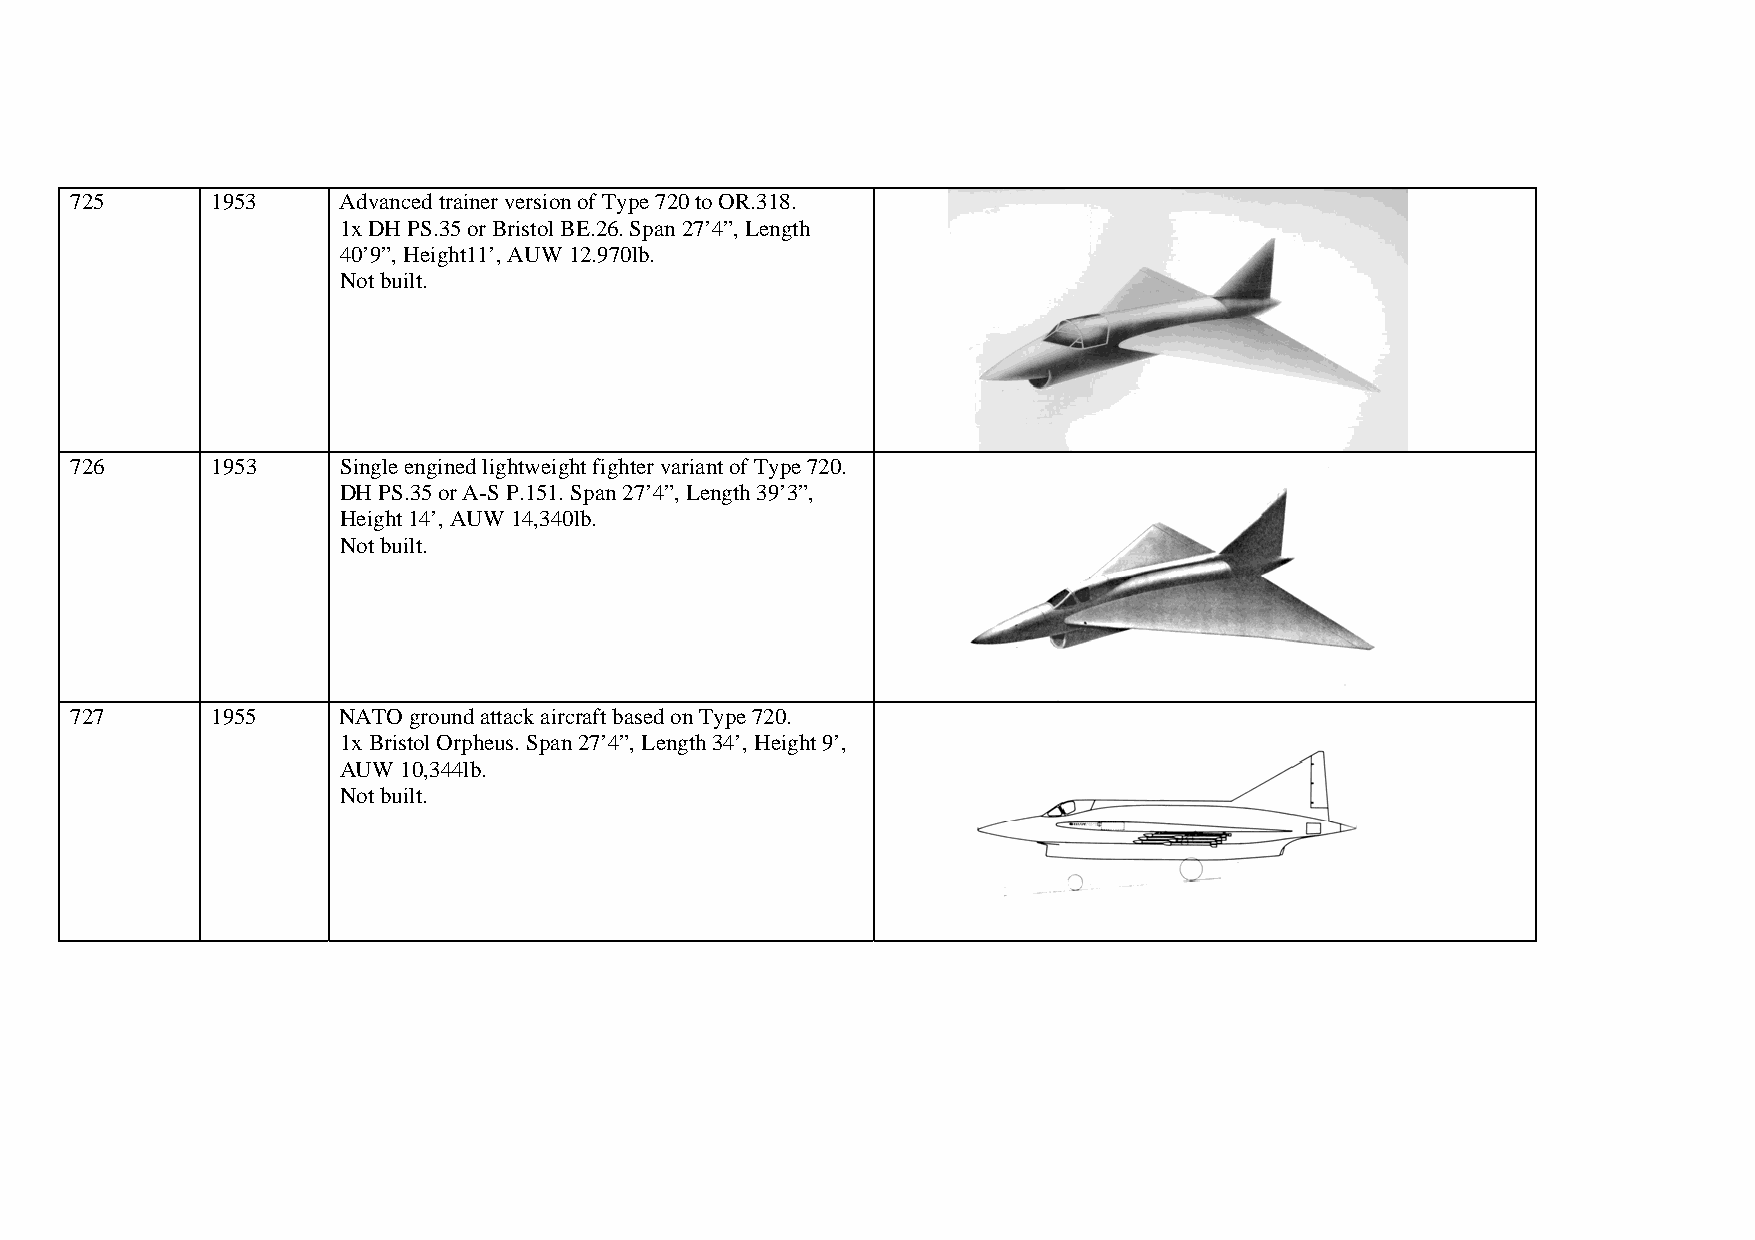
725      1953    Advanced trainer version of Type 720 to OR.318.
 1x DH PS.35 or Bristol BE.26. Span 27’4”, Length
 40’9”, Height11’, AUW 12.970lb.
 Not built.
 726      1953    Single engined lightweight fighter variant of Type 720.
 DH PS.35 or A-S P.151. Span 27’4”, Length 39’3”,
 Height 14’, AUW 14,340lb.
 Not built.
 727      1955    NATO ground attack aircraft based on Type 720.
 1x Bristol Orpheus. Span 27’4”, Length 34’, Height 9’,
 AUW 10,344lb.
 Not built.